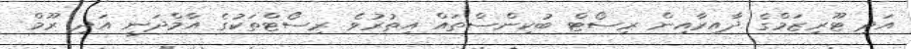
އަދި ޓޫރިޒަމްގެ ދާއިރާއިން ރިސޯޓް ބުކިންސްތައް އިތުރުވެ ރިސޯޓްތަކުގެ އާމްދަނީ އަދި ރޫމް